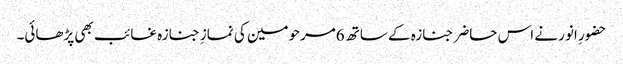
حضورِ انور نے اس حاضر جنازہ کے ساتھ 6مرحومین کی نمازِ جنازہ غائب بھی پڑھائی۔